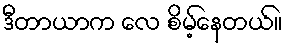
ဒီတာယာက လေ စိမ့်နေတယ်။